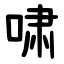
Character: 啸